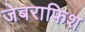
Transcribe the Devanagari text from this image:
जेबराफिश